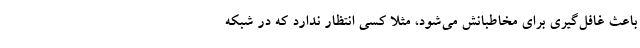
باعث غافل‌گیری برای مخاطبانش می‌شود، مثلا کسی انتظار ندارد که در شبکه